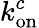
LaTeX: k_{\mathrm{on}}^{c}